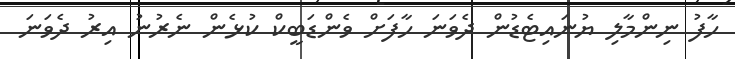
ހާފު ނިންމާލި ޔުނައިޓެޑުން ދެވަނަ ހާފަށް ވެންޑަބީކް ކުޅެން ނެރުނު އިރު ދެވަނަ